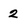
Character: 2